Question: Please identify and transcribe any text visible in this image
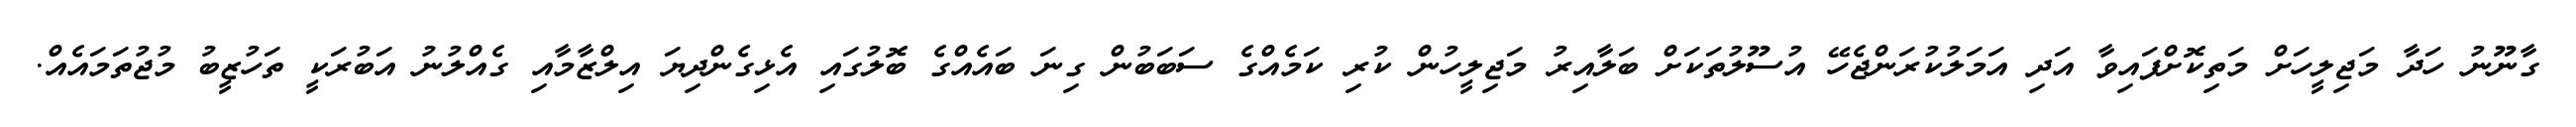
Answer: ގާނޫނު ހަދާ މަޖިލީހަށް މަތިކޮށްފައިވާ އަދި އަމަލުކުރަންޖެހޭ އުސޫލުތަކަށް ބަލާއިރު މަޖިލީހުން ކުރި ކަމެއްގެ ސަބަބުން ގިނަ ބައެއްގެ ބޮލުގައި އެޅިގެންދިޔަ އިލްޒާމާއި ގެއްލުނު އަބުރަކީ ތަހުޒީބު މުޖުތަމައެއް.